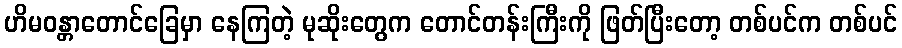
ဟိမဝန္တာတောင်ခြေမှာ နေကြတဲ့ မုဆိုးတွေက တောင်တန်းကြီးကို ဖြတ်ပြီးတော့ တစ်ပင်က တစ်ပင်